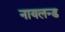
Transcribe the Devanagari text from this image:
नायलन्ड